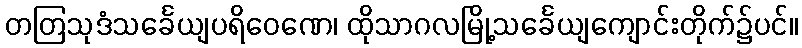
တတြသုဒံသင်္ခေယျပရိဝေဏေ၊ ထိုသာဂလမြို့သင်္ခေယျကျောင်းတိုက်၌ပင်။